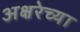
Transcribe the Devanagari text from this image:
अक्षरेच्या